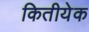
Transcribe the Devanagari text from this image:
कितीयेक